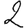
Digit: 2